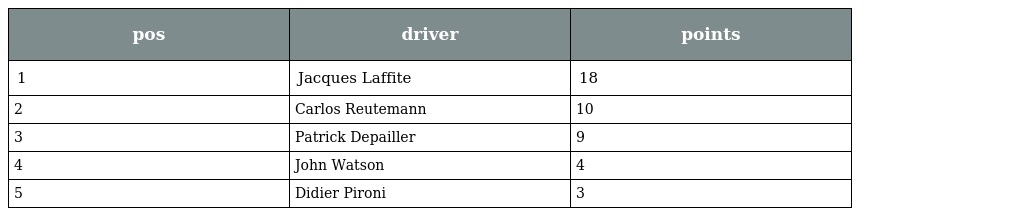
| pos | driver | points |
 | --- | --- | --- |
 | 1 | Jacques Laffite | 18 |
 | 2 | Carlos Reutemann | 10 |
 | 3 | Patrick Depailler | 9 |
 | 4 | John Watson | 4 |
 | 5 | Didier Pironi | 3 |